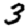
Digit: 3